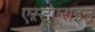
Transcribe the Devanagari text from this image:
एस्टूएराइन